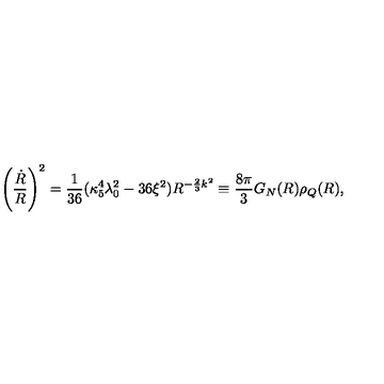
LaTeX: \left( { \frac { \dot { R } } { R } } \right) ^ { 2 } = { \frac { 1 } { 3 6 } } ( \kappa _ { 5 } ^ { 4 } \lambda _ { 0 } ^ { 2 } - 3 6 \xi ^ { 2 } ) R ^ { - { \frac { 2 } { 3 } } k ^ { 2 } } \equiv { \frac { 8 \pi } { 3 } } G _ { N } ( R ) \rho _ { Q } ( R ) ,